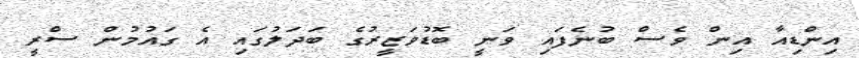
އިންޑިއާ އިން ވެސް ބުނެފައި ވަނީ ބޮޑުވަޒީރުގެ ބަދަލުގައި އެ ގައުމުން ސްރީ